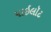
પાઇલૉટ